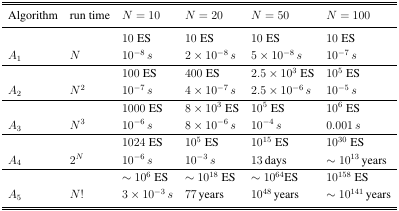
<table><thead><tr><td><b>Algorithm</b></td><td><b>run time</b></td><td><b><i>N</i> = 10</b></td><td><b><i>N</i> = 20</b></td><td><b><i>N</i> = 50</b></td><td><b><i>N</i> = 100</b></td></tr></thead><tbody><tr><td></td><td></td><td>10 ES</td><td>10 ES</td><td>10 ES</td><td>10 ES</td></tr><tr><td><i>A</i><sub>1</sub></td><td><i>N</i></td><td>10<sup>−8</sup><i>s</i></td><td>2 × 10<sup>−8</sup><i>s</i></td><td>5 × 10<sup>−8</sup><i>s</i></td><td>10<sup>−7</sup><i>s</i></td></tr><tr><td></td><td></td><td>100 ES</td><td>400 ES</td><td>2.5 × 10<sup>3</sup> ES</td><td>10<sup>5</sup> ES</td></tr><tr><td><i>A</i><sub>2</sub></td><td><i>N</i><sup>2</sup></td><td>10<sup>−7</sup><i>s</i></td><td>4 × 10<sup>−7</sup><i>s</i></td><td>2.5 × 10<sup>−6</sup><i>s</i></td><td>10<sup>−5</sup><i>s</i></td></tr><tr><td></td><td></td><td>1000 ES</td><td>8 × 10<sup>3</sup> ES</td><td>10<sup>5</sup> ES</td><td>10<sup>6</sup> ES</td></tr><tr><td><i>A</i><sub>3</sub></td><td><i>N</i><sup>3</sup></td><td>10<sup>−6</sup><i>s</i></td><td>8 × 10<sup>−6</sup><i>s</i></td><td>10<sup>−4</sup><i>s</i></td><td>0.001 <i>s</i></td></tr><tr><td></td><td></td><td>1024 ES</td><td>10<sup>5</sup> ES</td><td>10<sup>15</sup> ES</td><td>10<sup>30</sup> ES</td></tr><tr><td><i>A</i><sub>4</sub></td><td>2<i><sup>N</sup></i></td><td>10<sup>−6</sup><i>s</i></td><td>10<sup>−3</sup><i>s</i></td><td>13 days</td><td><i>~</i> 10<sup>13</sup> years</td></tr><tr><td></td><td></td><td><i>~</i> 10<sup>6</sup> ES</td><td><i>~</i> 10<sup>18</sup> ES</td><td><i>~</i> 10<sup>64</sup>ES</td><td>10<sup>158</sup> ES</td></tr><tr><td><i>A</i><sub>5</sub></td><td><i>N</i>!</td><td>3 × 10<sup>−3</sup><i>s</i></td><td>77 years</td><td>10<sup>48</sup> years</td><td><i>~</i> 10<sup>141</sup> years</td></tr></tbody></table>